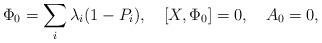
LaTeX: \begin{align*}\Phi_0=\sum_{i}\lambda_i(1-P_i), \quad [X,\Phi_0]=0,\quad A_0=0, \end{align*}